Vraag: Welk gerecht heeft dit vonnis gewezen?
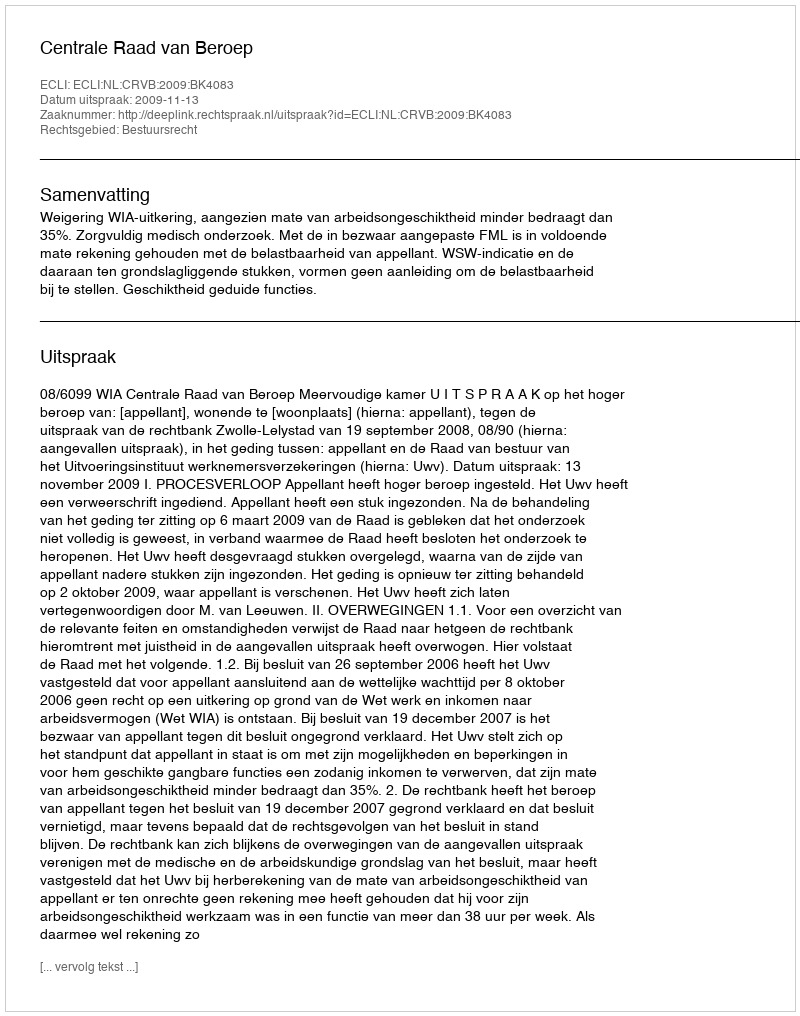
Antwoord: Centrale Raad van Beroep